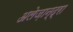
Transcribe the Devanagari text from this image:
अलेज़ान्द्रा